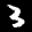
Label: 3